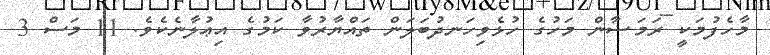
މާހެފުމަކީ ރަމަޟާން މަހުގެ ހުޅެވިހަނދުބަލަން ތައްޔާރުވާ ކަމުގެ އިޢުލާނެކެވެ. 11 މަސް 3